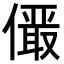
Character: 𪝫